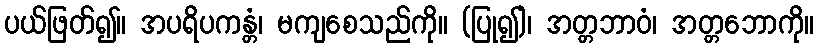
ပယ်ဖြတ်၍။ အပရိပကန္တံ၊ မကျစေသည်ကို။ (ပြု၍)၊ အတ္တဘာဝံ၊ အတ္တဘောကို။